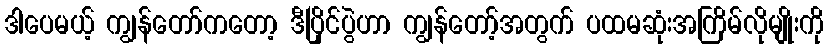
ဒါပေမယ့် ကျွန်တော်ကတော့ ဒီပြိုင်ပွဲဟာ ကျွန်တော့်အတွက် ပထမဆုံးအကြိမ်လိုမျိုးကို